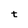
Character: t